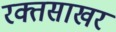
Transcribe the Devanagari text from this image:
रक्तसाखर